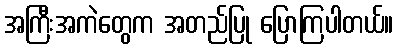
အကြီးအကဲတွေက အတည်ပြု ပြောကြပါတယ်။